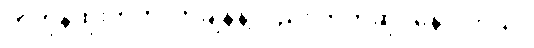
တဟုန်ထိုးတက်လာချိန်နဲ့လည်း တိုက်ဆိုင်နေပါတယ်။